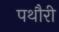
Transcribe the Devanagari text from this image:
पथौरी